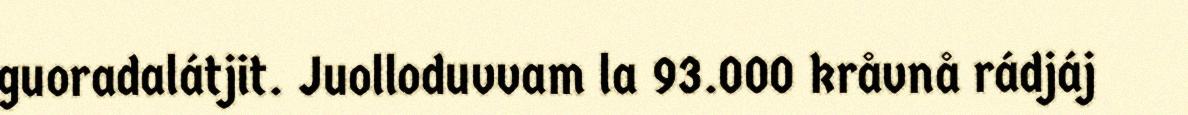
guoradalátjit. Juolloduvvam la 93.000 kråvnå rádjáj